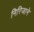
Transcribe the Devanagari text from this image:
निरिजाने